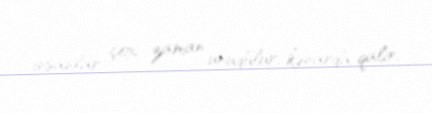
insanlar çox zaman unudulur, kənarda qalır.